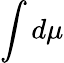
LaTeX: \int d\mu